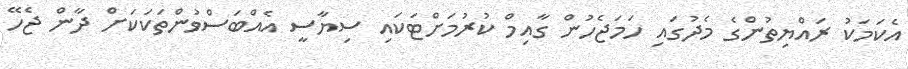
އެކަމަކު ރައްޔިތުންގެ މެދުގައި ހަމަޖެހުން ގާއިމް ކުރުމަށްޓަކައި ސިޔާސީ އެއްބަސްވުންތަކަކަށް ދާން ޖެހޭ